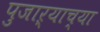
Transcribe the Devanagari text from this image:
पुजाऱ्याच्या